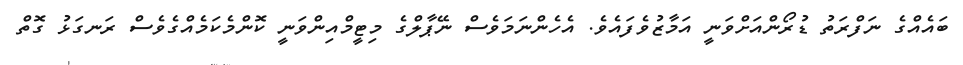
ބައެއްގެ ނަފްރަތު ޑުރޯންއަށްވަނީ އަމާޒުވެފައެވެ. އެހެންނަމަވެސް ނޭޕާލްގެ މިޓީމްއިންވަނީ ކޮންމެކަމެއްގެވެސް ރަނގަޅު ގޮތް